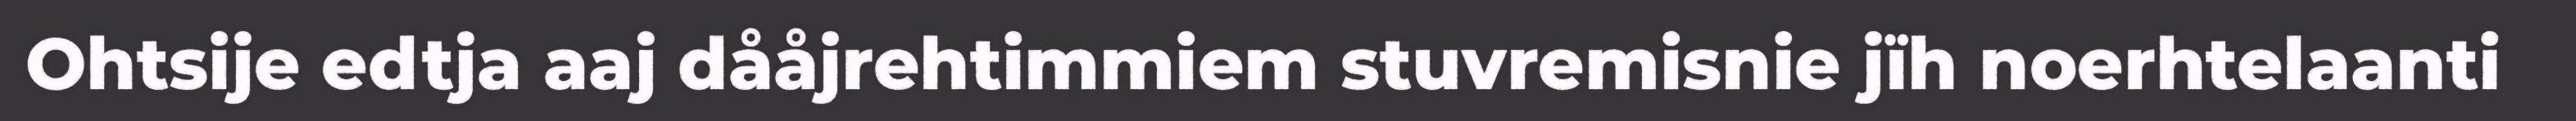
Ohtsije edtja aaj dååjrehtimmiem stuvremisnie jïh noerhtelaanti